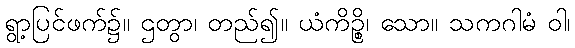
ရွာ့ပြင်ဖက်၌။ ဌတွာ၊ တည်၍။ ယံကိဉ္စိ၊ သော။ သကဂါမံ ဝါ၊